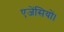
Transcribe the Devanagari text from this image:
एजेंसियों।